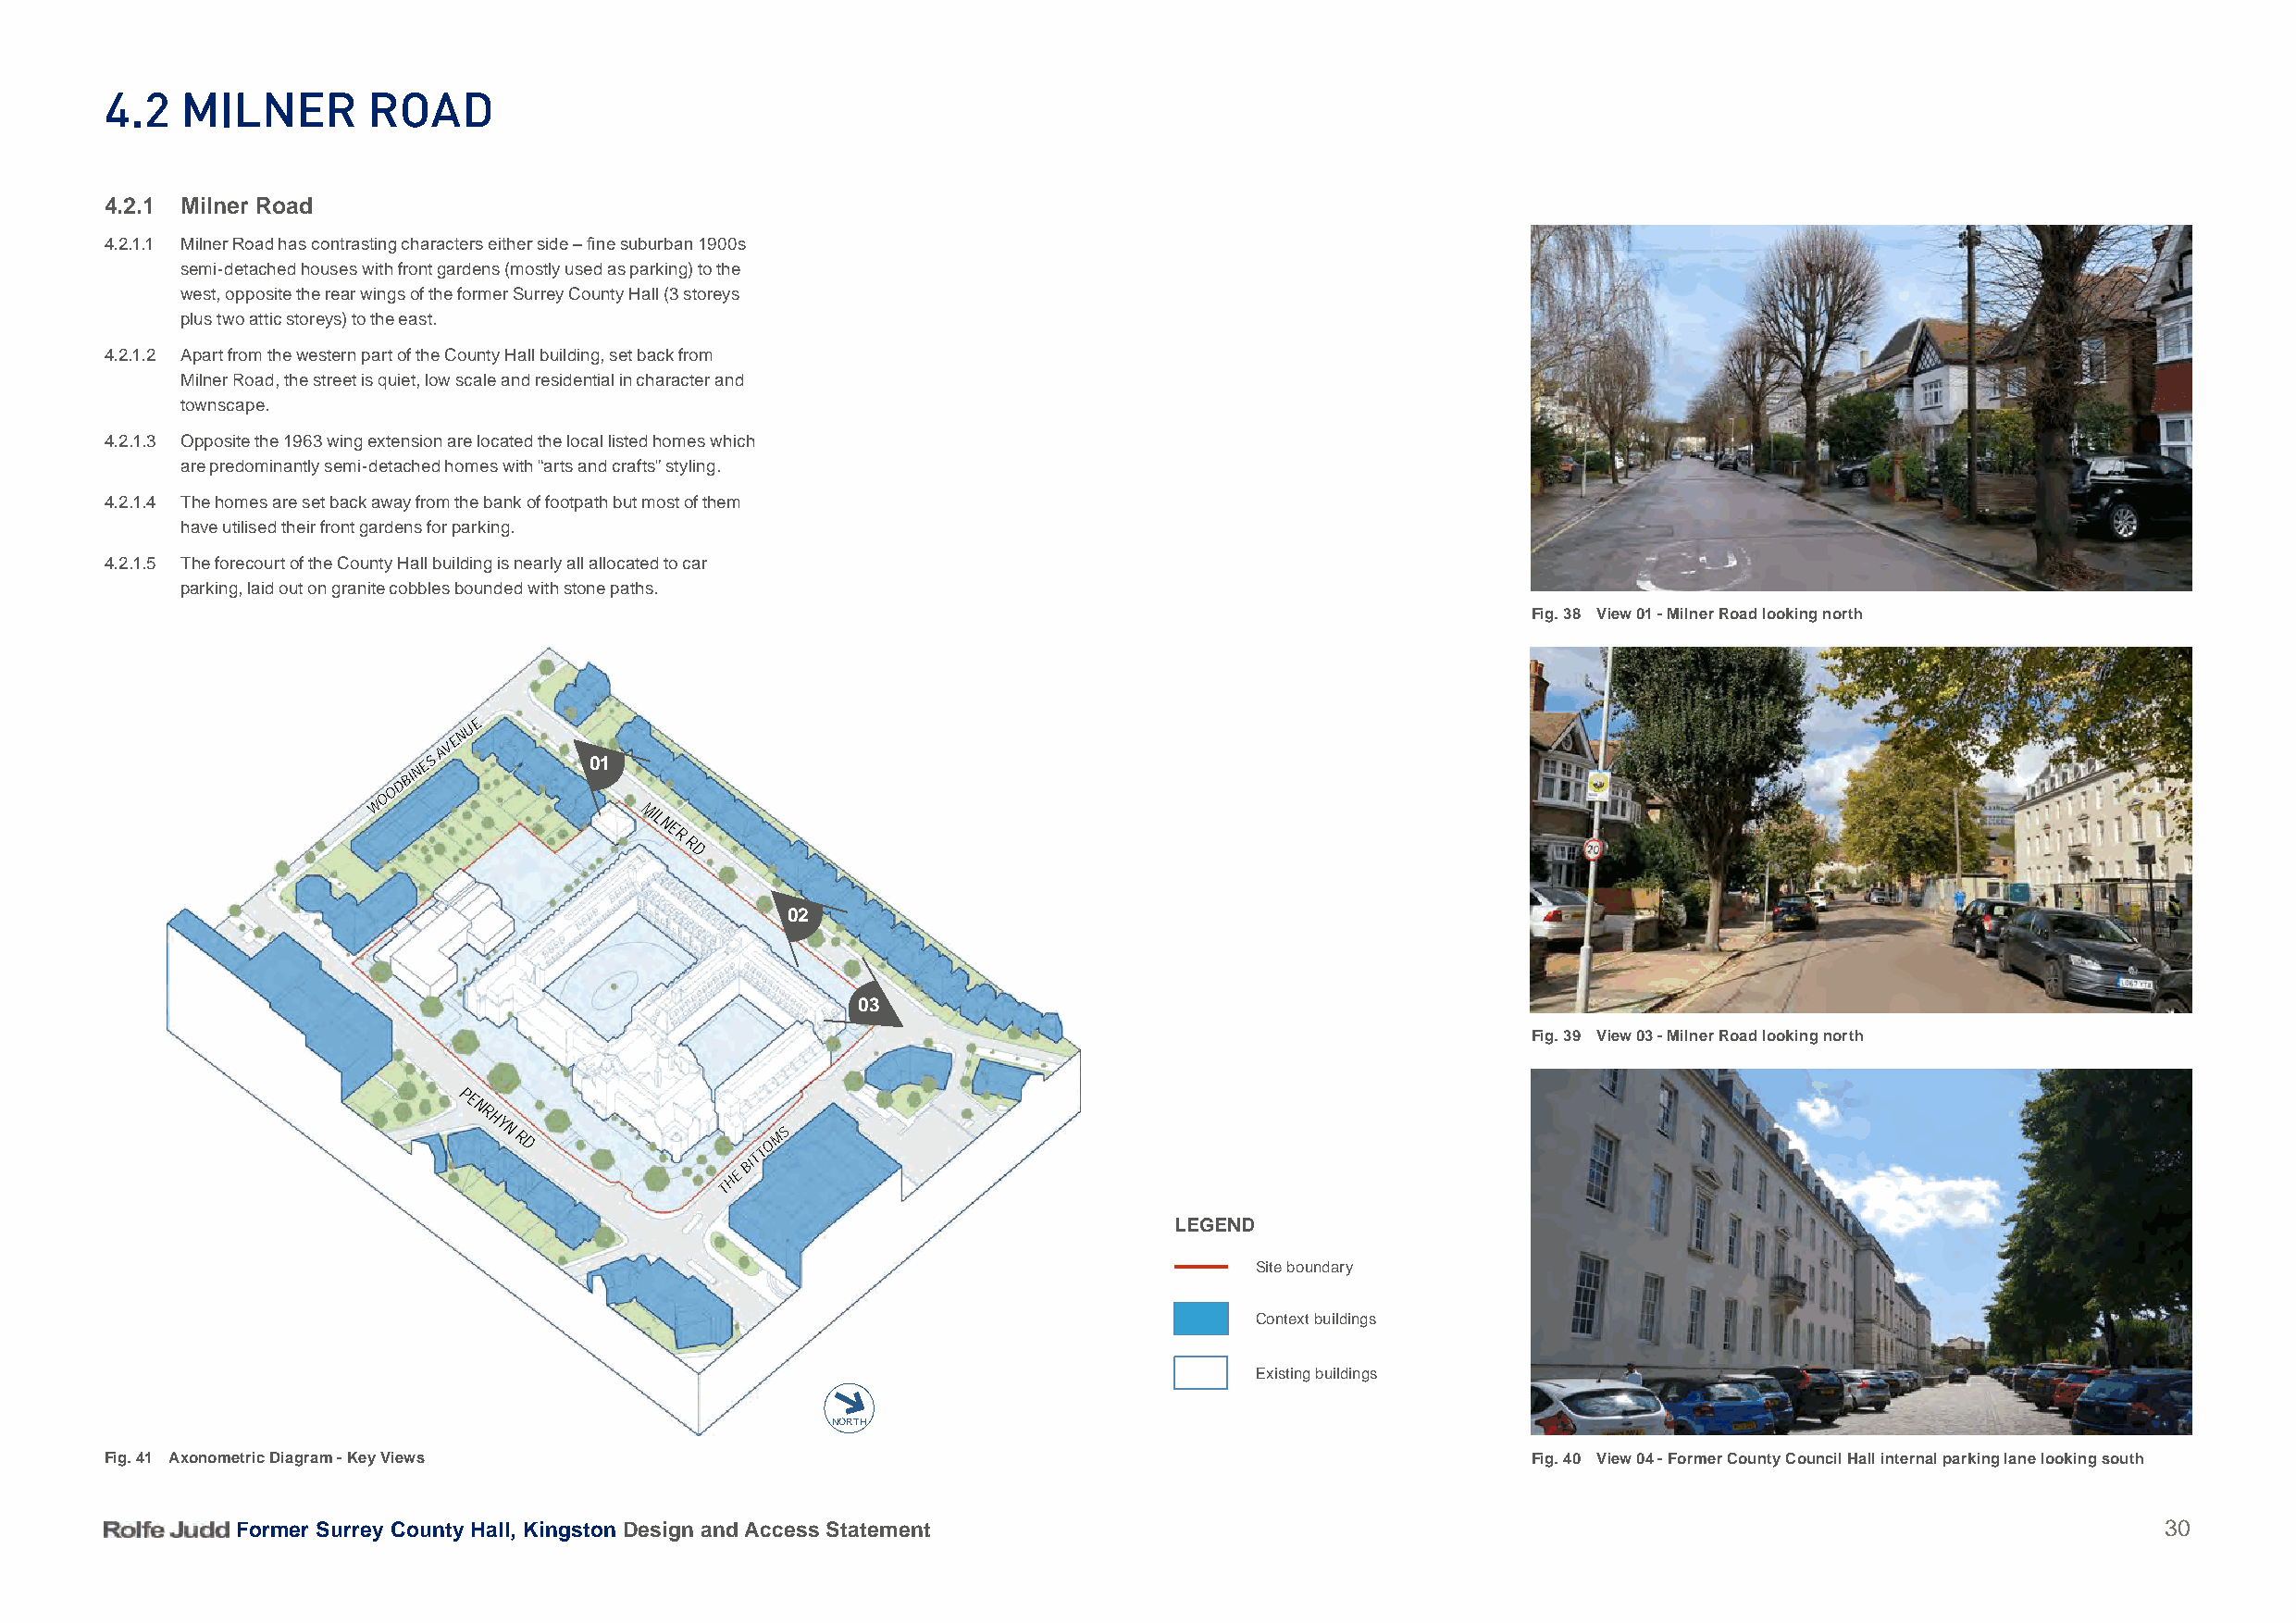
4.2   milner       roaD
 4.2.1 Milner Road
 4.2.1.1 Milner Road has contrasting characters either side – fine suburban 1900s
 semi-detached houses with front gardens (mostly used as parking) to the
 west, opposite the rear wings of the former Surrey County Hall (3 storeys
 plus two attic storeys) to the east.
 4.2.1.2 Apart from the western part of the County Hall building, set back from
 Milner Road, the street is quiet, low scale and residential in character and
 townscape.
 4.2.1.3 Opposite the 1963 wing extension are located the local listed homes which
 are predominantly semi-detached homes with “arts and crafts” styling.
 4.2.1.4 The homes are set back away from the bank of footpath but most of them
 have utilised their front gardens for parking.
 4.2.1.5 The forecourt of the County Hall building is nearly all allocated to car
 parking, laid out on granite cobbles bounded with stone paths.
 Fig. 38 View 01 - Milner Road looking north
 UE
 N
 NES
 AVE
 01
 DBI
 O
 O
 W
 MIL
 NE
 R
 R
 D
 02
 03
 Fig. 39 View 03 - Milner Road looking north
 PE
 N
 R
 HY
 N
 R
 D
 TOMS
 BIT
 E
 H
 T
 LEGEND
 Site boundary
 Context buildings
 Existing buildings
 NORTH
 Fig. 41 Axonometric Diagram - Key Views                                                                Fig. 40 View 04 - Former County Council Hall internal parking lane looking south
 Former Surrey County Hall, Kingston Design and Access Statement                                                                           30